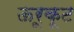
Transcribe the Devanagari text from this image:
ऊरूकूट